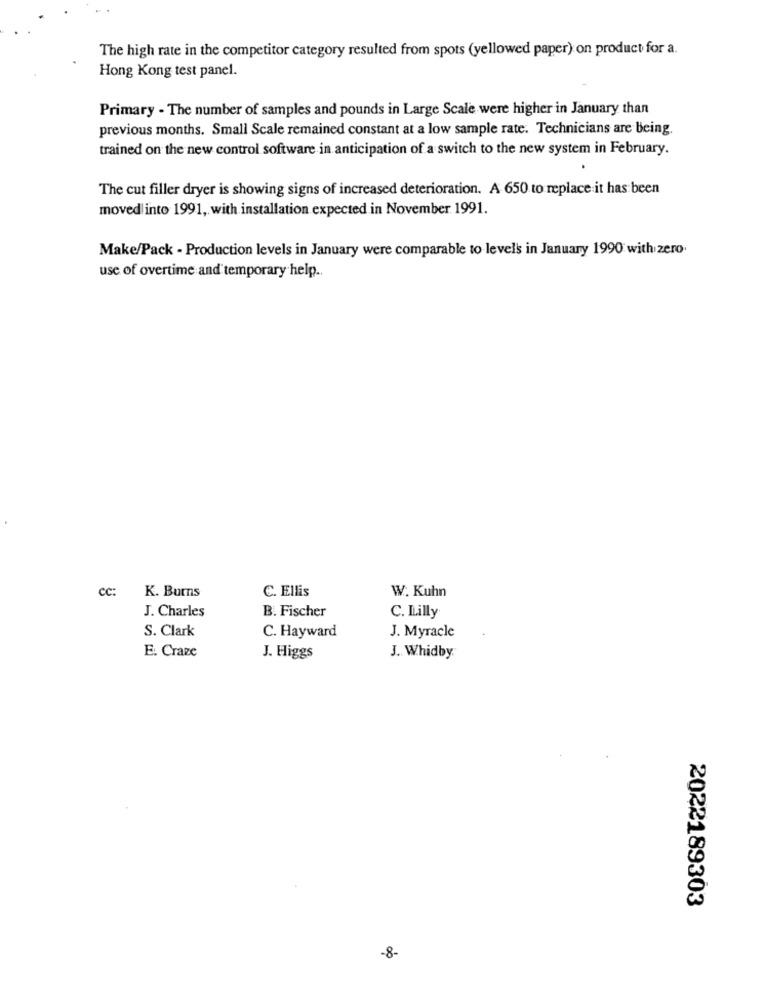
The high rate in the competitor category resulted from spots (yellowed paper) on product for a.
Hong Kong test panel.
Primary - The number of samples and pounds in Large Scale were higher in January than
previous months. Small Scale remained constant at a low sample rate. Technicians are being.
trained on the new control software in anticipation of a switch to the new system in February.
The cut filler dryer is showing signs of increased deterioration. A 650 to replace it has been
moved into 1991, with installation expected in November 1991.
Make/Pack - Production levels in January were comparable to levels in January 1990 with zero.
use of overtime and temporary help.
cc:
K. Burns
C. Ellis
W. Kuhn
J. Charles
B. Fischer
C. Lilly
S. Clark
C. Hayward
J. Myracle
E. Craze
J. Higgs
J. Whidby
2022189303
-8-